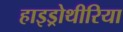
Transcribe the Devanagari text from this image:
हाइड्रोथीरिया